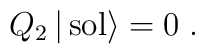
Q_2\,|\,{\rm sol}\rangle =0\;.